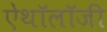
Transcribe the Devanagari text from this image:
ऐंथॉलॉजी